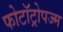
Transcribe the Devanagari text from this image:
फोटॉट्रोपज्म